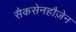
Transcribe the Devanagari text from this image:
सैकसेनहौज़ेन